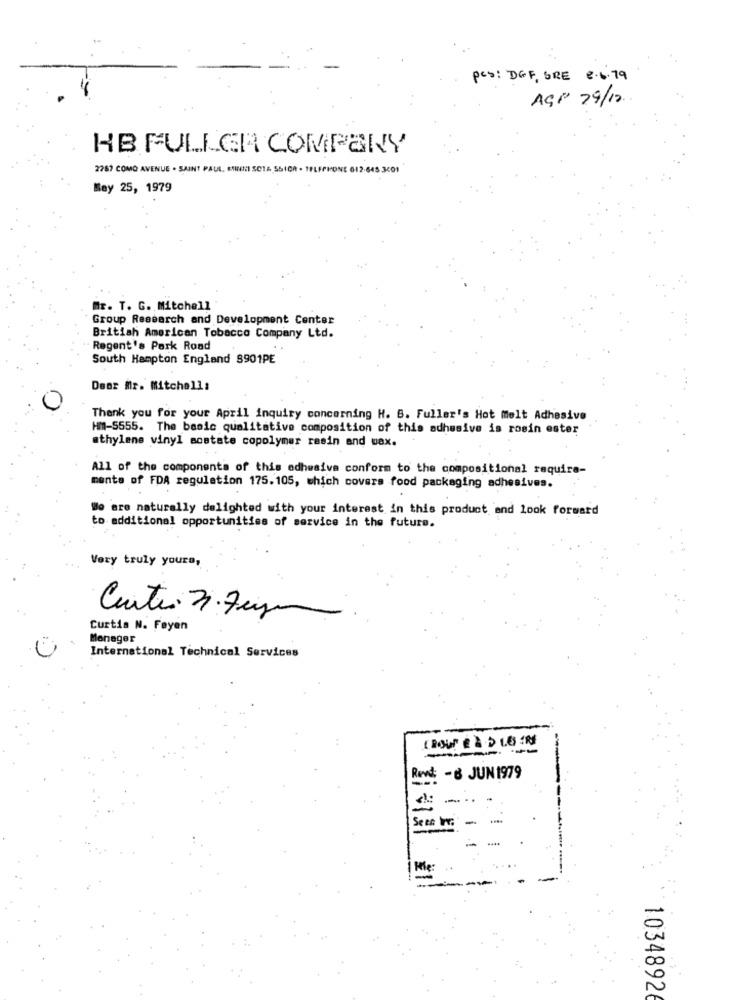
pcs: DGF, SRE 8.6.79
AGP 29/12.
HB FULLERA COMPANY
2787 COMO AVENUE . SAINT PAUL, ENINNI SC14 SSICA - TELEPHONE 612-645 3401
May 25, 1979
Mr. T. G. Mitchell
Group Research and Development Center
British American Tobacco Company Ltd.
Regent's Park Road
South Hampton England 8901PE
Dear Mr. Mitchell:
Thank you for your April inquiry concerning H. B. Fuller's Hot melt Adhesive
HM-5555. The basic qualitative composition of this adhesive is rosin ester
ethylene vinyl acetate copolymer resin and wax.
All of the components of this adhesiva conform to the compositional require-
ments of FDA regulation 175.105, which covers food packaging adhesives.
We are naturally delighted with your interest in this product and look forward
to additional opportunities of service in the future.
Very truly yours,
Center 3. 7ago
Curtia N. Feyen
Manager
International Technical Services
Rent -8 JUN 1979
Seee Wnr.
10348926